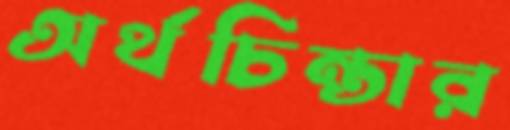
অর্থচিন্তার